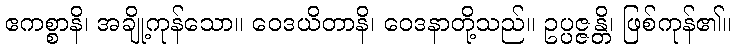
ဧကစ္စာနိ၊ အချို့ကုန်သော။ ဝေဒယိတာနိ၊ ဝေဒနာတို့သည်။ ဥပ္ပဇ္ဇန္တိ၊ ဖြစ်ကုန်၏။